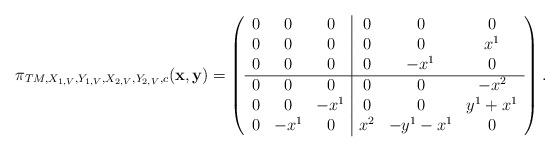
LaTeX: \begin{align*}\pi_{TM, X_{1,V}, Y_{1,V}, X_{2,V}, Y_{2,V},c}({\bf x},{\bf y})=\left( \begin{array}{ccc|ccc} 0&0&0&0&0&0\\0&0&0&0&0&x^1\\0&0&0&0&-x^1&0\\\hline 0&0&0&0&0&-x^2\\0&0&-x^1&0&0&y^1+x^1\\0&-x^1&0&x^2&-y^1-x^1&0\\ \end{array}\right).\end{align*}